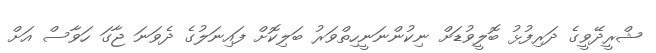
ޝްރީދޭވީގެ ދަރިފުޅު ބޮލީވުޑަށް ނިކުންނަނީހިތްވަރު ބަލިކޮށް ފައިނަލުގެ ދެވަނަ ޖާގަ ހަވާސް އަށް